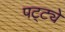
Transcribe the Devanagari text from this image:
पट्ट्ये